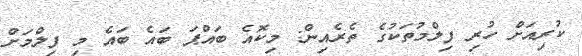
ކުރިއަށް ހުރި ފިލްމުތަކުގެ ތެރެއިން: މިކޮއެ ބައްޕަ ބައެ ބައެ މި ފިލްމަށް